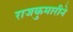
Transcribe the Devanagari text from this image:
राजकुमारीने